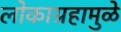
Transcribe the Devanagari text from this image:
लोकाग्रहामुळे